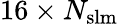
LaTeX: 16\times N_{\mathrm{{slm}}}